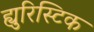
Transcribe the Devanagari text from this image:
ह्युरिस्टिक